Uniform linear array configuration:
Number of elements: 12
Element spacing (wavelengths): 0.25
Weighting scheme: hamming
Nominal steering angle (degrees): -15
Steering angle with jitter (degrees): -13.161
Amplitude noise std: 0.05
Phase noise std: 0.05

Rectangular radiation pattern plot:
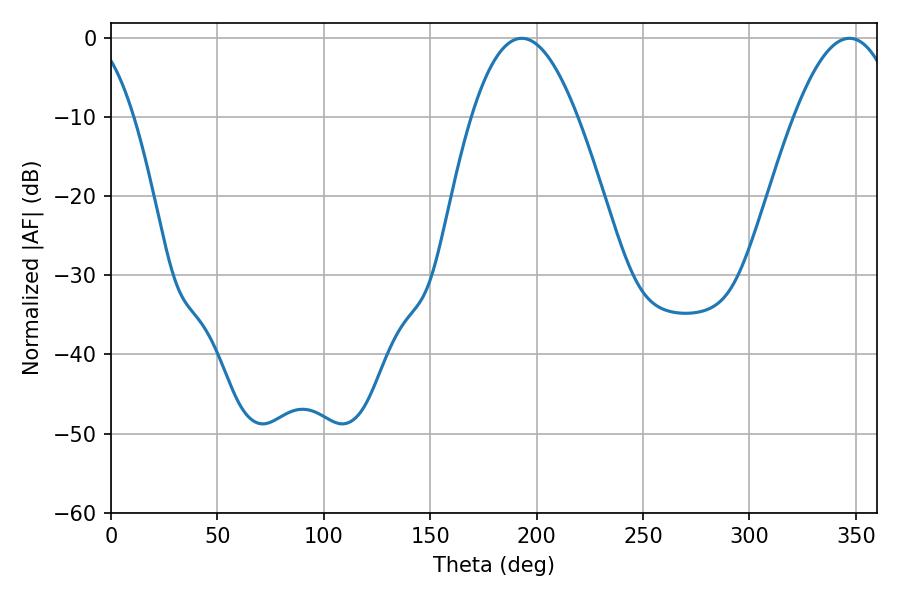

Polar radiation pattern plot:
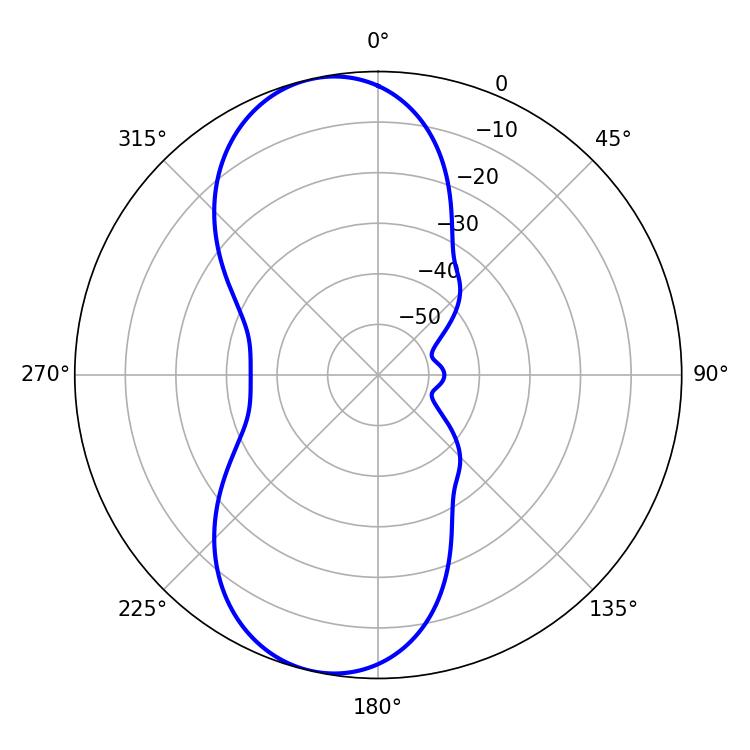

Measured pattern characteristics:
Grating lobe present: FALSE
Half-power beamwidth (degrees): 27.18
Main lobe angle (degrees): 192.96